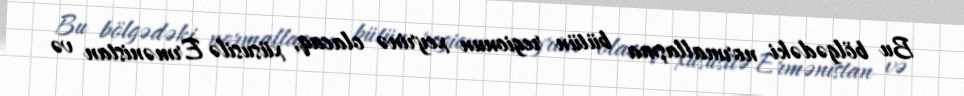
Bu bölgədəki normallaşma bütün regionun xeyrinə olacaq, xüsusilə Ermənistan və